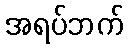
အရပ်ဘက်